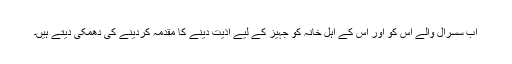
اب سسرال والے اس کو اور اس کے اہل خانہ کو جہیز کے لیے اذیت دینے کا مقدمہ کردینے کی دھمکی دیتے ہیں۔